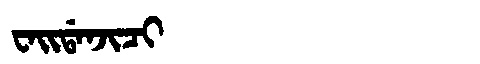
Manchu: ᠸᠠᡳᡩᠠᠨᠵᡳᠴᡳ
Romanization: WAIDANJICI